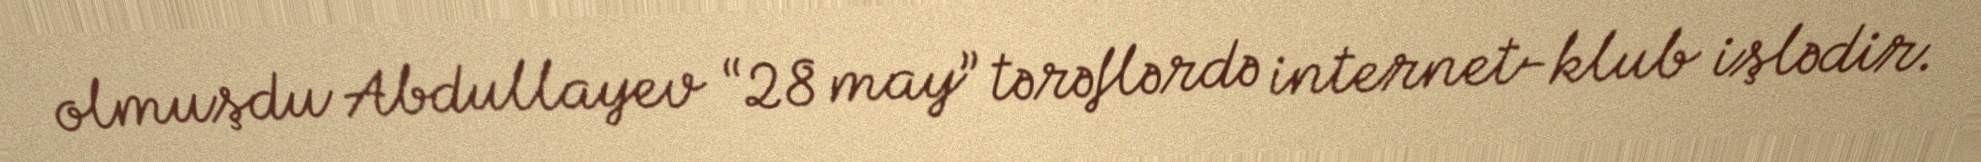
olmuşdu Abdullayev “28 may” tərəflərdə internet-klub işlədir.